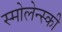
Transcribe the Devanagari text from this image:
स्मोलेन्स्की